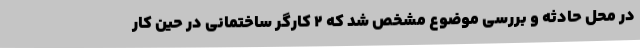
در محل حادثه و بررسی موضوع مشخص شد که ۲ کارگر ساختمانی در حین کار